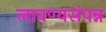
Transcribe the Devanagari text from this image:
लावण्यसंपन्न